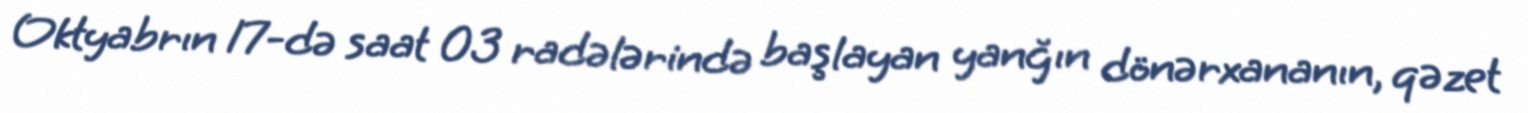
Oktyabrın 17-də saat 03 radələrində başlayan yanğın dönərxananın, qəzet